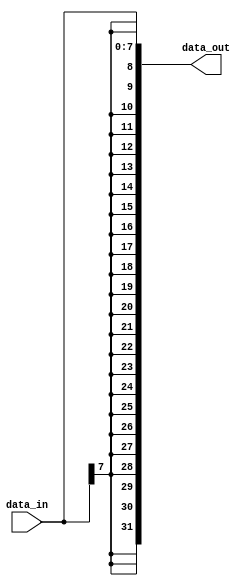
module S_Ext8(
    input [7:0] data_in,       
    output [31:0] data_out
    );
    assign data_out = {{24{data_in[7]}},data_in};
endmodule